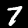
Digit: 7